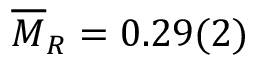
\overline { { M } } _ { R } = 0 . 2 9 ( 2 )